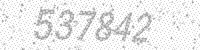
Solution: 537842